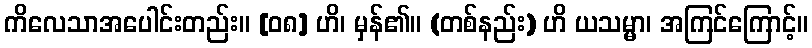
ကိလေသာအပေါင်းတည်း။ [၀၈] ဟိ၊ မှန်၏။ (တစ်နည်း) ဟိ ယသမ္မာ၊ အကြင်ကြောင့်။